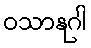
ဝသာနုဂါ